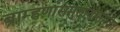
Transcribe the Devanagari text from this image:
ब्राम्हणांसमुदायासमवेत